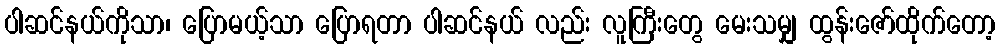
ပါဆင်နယ်ကိုသာ၊ ပြောမယ့်သာ ပြောရတာ ပါဆင်နယ် လည်း လူကြီးတွေ မေးသမျှ ထွန်းဇော်ထိုက်တော့